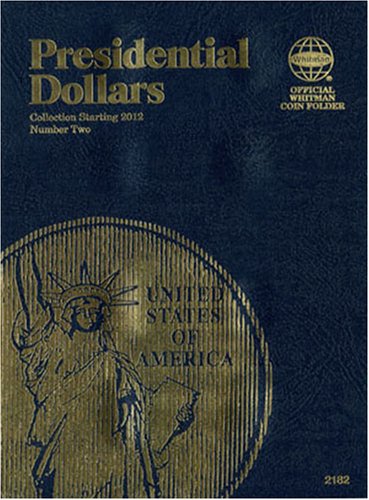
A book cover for Presidential Dollars, No. 2: Collection Starting 2012; Whitman Publishing; Crafts, Hobbies & Home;